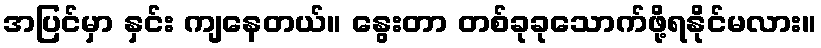
အပြင်မှာ နှင်း ကျနေတယ်။ နွေးတာ တစ်ခုခုသောက်ဖို့ရနိုင်မလား။